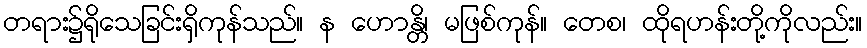
တရား၌ရိုသေခြင်းရှိကုန်သည်။ န ဟောန္တိ၊ မဖြစ်ကုန်။ တေစ၊ ထိုရဟန်းတို့ကိုလည်း။